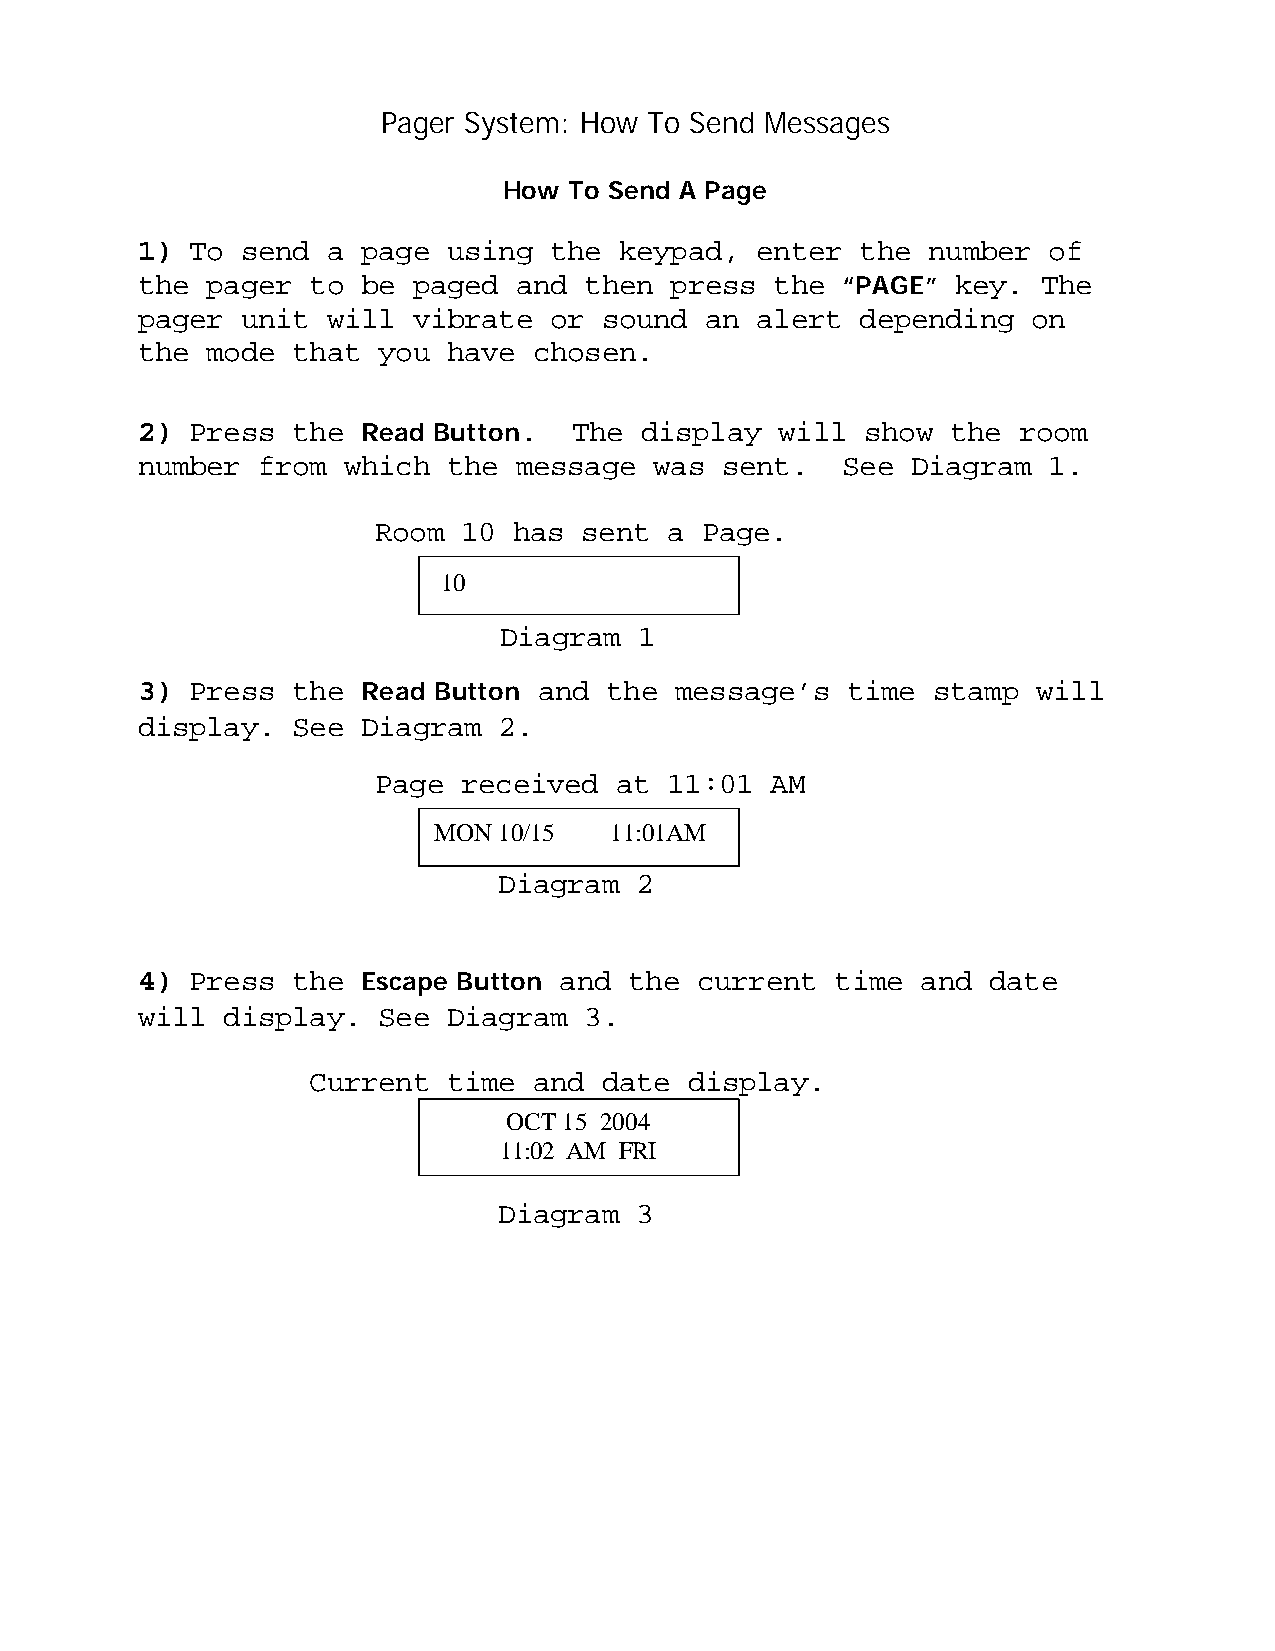
Pager System: How To Send Messages
 How  To Send A Page
 1)  To send  a page  using the  keypad,  enter  the number  of
 the  pager to  be paged  and  then press  the  “PAGE” key.  The
 pager  unit  will vibrate  or  sound  an alert  depending  on
 the  mode that  you  have chosen.
 2)  Press the  Read Button.  The display   will show  the room
 number  from  which  the message  was  sent.   See Diagram  1.
 Room  10 has sent  a Page.
 10
 Diagram  1
 3)  Press the  Read Button and the  message’s  time  stamp  will
 display.  See  Diagram  2.
 Page  received  at 11:01  AM
 MON 10/15  11:01AM
 Diagram  2
 4)  Press the  Escape Button and the current  time  and date
 will  display.  See  Diagram  3.
 Current   time and  date  display.
 OCT 15 2004
 11:02 AM FRI
 Diagram  3